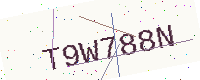
Text: T9W788N